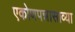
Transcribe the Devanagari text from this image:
एकोणपन्नासाव्या